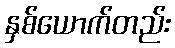
နှစ်ယောက်တည်း